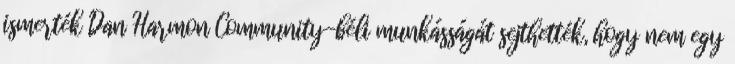
ismerték Dan Harmon Community-béli munkásságát sejthették, hogy nem egy